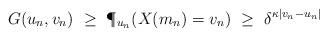
LaTeX: \begin{align*}G(u_n,v_n) ~\geq~ \P_{u_n}(X(m_n)=v_n) ~\geq~ \delta^{\kappa|v_n-u_n|}\end{align*}